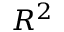
R ^ { 2 }